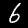
Digit: 6